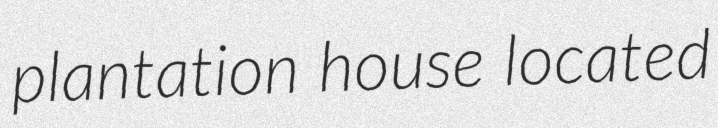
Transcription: plantation house located